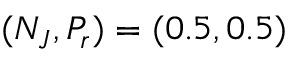
( N _ { J } , P _ { r } ) = ( 0 . 5 , 0 . 5 )